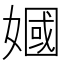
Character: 𫱣